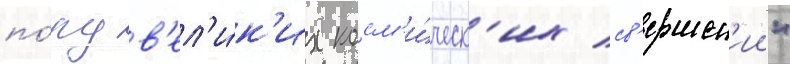
по́ру в'ел'и́к'их косм'и́ческ'их св'ершен'ии"